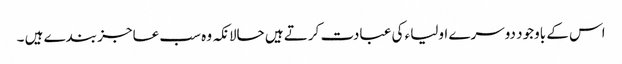
اس کے باوجود دوسرے اولیاء کی عبادت کرتے ہیں حالانکہ وہ سب عاجز بندے ہیں ۔